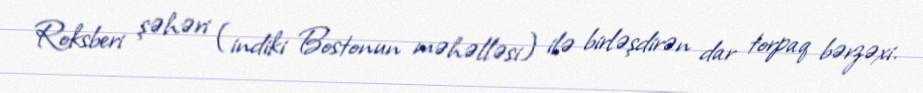
Roksberi şəhəri (indiki Bostonun məhəlləsi) ilə birləşdirən dar torpaq bərzəxi.